Vaccination report Assam 1896-1927 - 1896-1927
Year: 1896
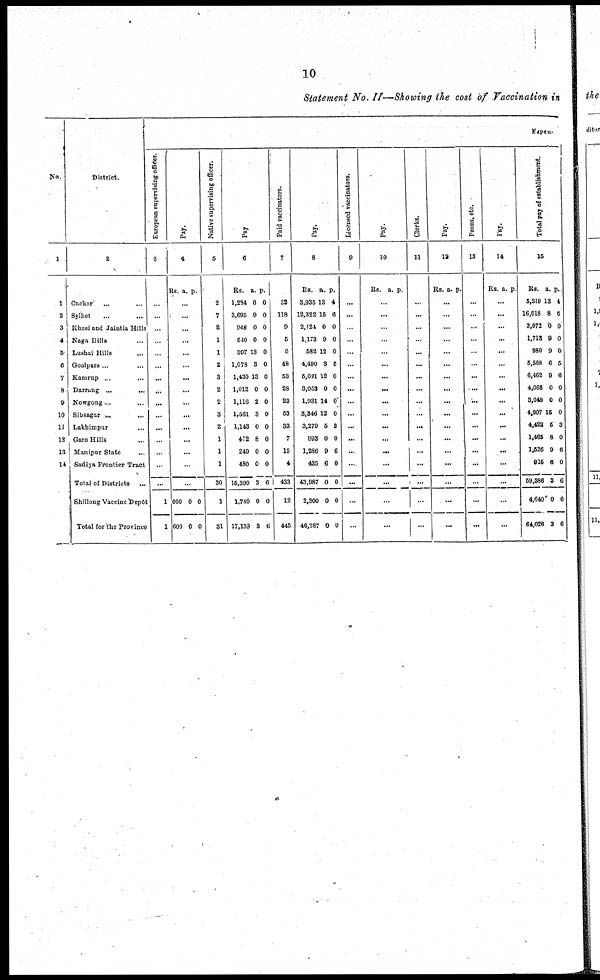
10
Statement No. II—Showing the cost of Vaccination in
No.
1
1
2
3
4
5
6
7
8
9
10
11
12
13
14
District.
2
Cachar ... ...
Sylhet ... ...
Khasi and Jaintia Hills
Naga Hills ...
Lushai Hills ...
Goalpara ... ...
Kamrup ...
...
Darrang ...
...
Nowgong ... ...
Sibsagar ... ...
Lakhimpur ...
Garo Hills ...
Manipur State ...
Sadlya Frontier Tract
Total of Districts ...
Shillong Vaccine Depôt
Total for the Province
Expen-
Earopean supervising officer.
3
...
...
...
...
...
...
...
...
...
...
...
...
...
...
...
1
1
Pay.
4
Rs. a. p.
...
...
...
...
...
...
...
...
...
...
...
...
...
...
...
600
600
0
0
0
0
Native supervising officer.
5
2
7
2
1
1
2
3
2
2
3
2
1
1
1
30
1
31
Pay
6
Rs.
1,284
3,695
948
540
397
1,078
1,430
1,012
1,116
1,561
1,143
472
240
480
15,399
1,740
17,139
a.
0
9
0
0
13
3
13
0
2
3
0
8
0
0
3
0
3
p.
0
0
0
0
0
0
6
0
0
0
0
0
0
0
6
0
6
Paid vaccinators.
7
32
118
9
5
5
48
53
28
23
53
33
7
15
4
433
12
445
Pay.
8
Rs.
3,935
12,322
2,124
1,173
582
4,490
5,031
3,053
1,931
3,346
3,279
993
1,286
435
43,987
2,300
46,287
a.
13
16
0
9
12
3
12
0
14
12
5
0
9
6
0
0
0
p.
4
6
0
0
0
5
0
0
0
0
3
0
6
0
0
0
0
Licensed vaccinators.
9
...
...
...
...
...
...
...
...
...
...
...
...
...
...
...
...
...
Pay.
10
Rs. a. p.
...
...
...
...
...
...
...
...
...
...
...
...
...
...
...
...
...
Clerks.
11
...
...
...
...
...
...
...
...
...
...
...
...
...
...
...
...
...
Pay.
12
Rs. a. p.
...
...
...
...
...
...
...
...
...
...
...
...
...
...
...
...
...
Peons, etc.
13
...
...
...
...
...
...
...
...
...
...
...
...
...
...
...
...
...
Pay.
14
Rs. a. p.
...
...
...
...
...
...
...
...
...
...
...
...
...
...
...
...
...
Total pay of establishment.
15
Rs.
5,219
16,018
3,072
1,713
980
5,568
6,462
4,065
3,048
4,907
4,422
1,465
1,526
915
59,386
4,640
64,026
a.
13
8
0
9
9
6
9
0
0
15
5
8
9
6
3
0
3
p.
4
6
0
0
0
5
6
0
0
0
3
0
6
0
6
6
6